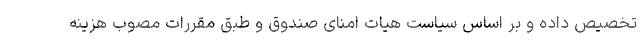
تخصیص داده و بر اساس سیاست هیات امنای صندوق و طبق مقررات مصوب هزینه